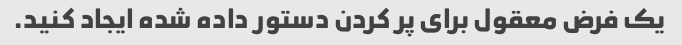
یک فرض معقول برای پر کردن دستور داده شده ایجاد کنید.